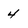
Character: 4